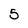
Character: 5